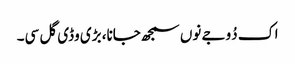
اک دُوجے نوں سمجھ جانا، بڑی وڈی گل سی۔